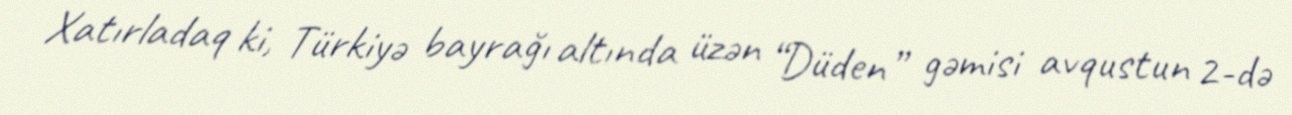
Xatırladaq ki, Türkiyə bayrağı altında üzən “Düden” gəmisi avqustun 2-də